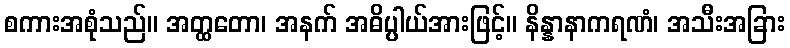
စကားအစုံသည်။ အတ္ထတော၊ အနက် အဓိပ္ပါယ်အားဖြင့်။ နိန္နာနာကရဏံ၊ အသီးအခြား